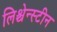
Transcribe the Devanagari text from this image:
लिश्चेन्स्टीन